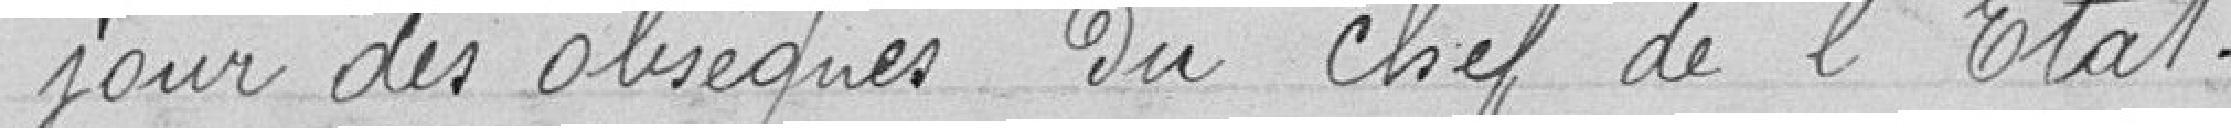
jour des obsèques du Chef de l'Etat.